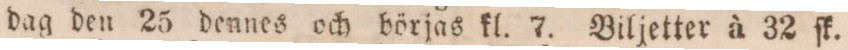
dag den 25 dennes och börjas kl. 7. Biljetter à 32 ſk.